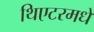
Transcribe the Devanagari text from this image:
थिएटरमधे